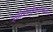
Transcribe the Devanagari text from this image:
स्वातंत्र्यपूर्वकाळातील्